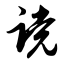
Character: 谠